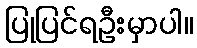
ပြုပြင်ရဦးမှာပါ။